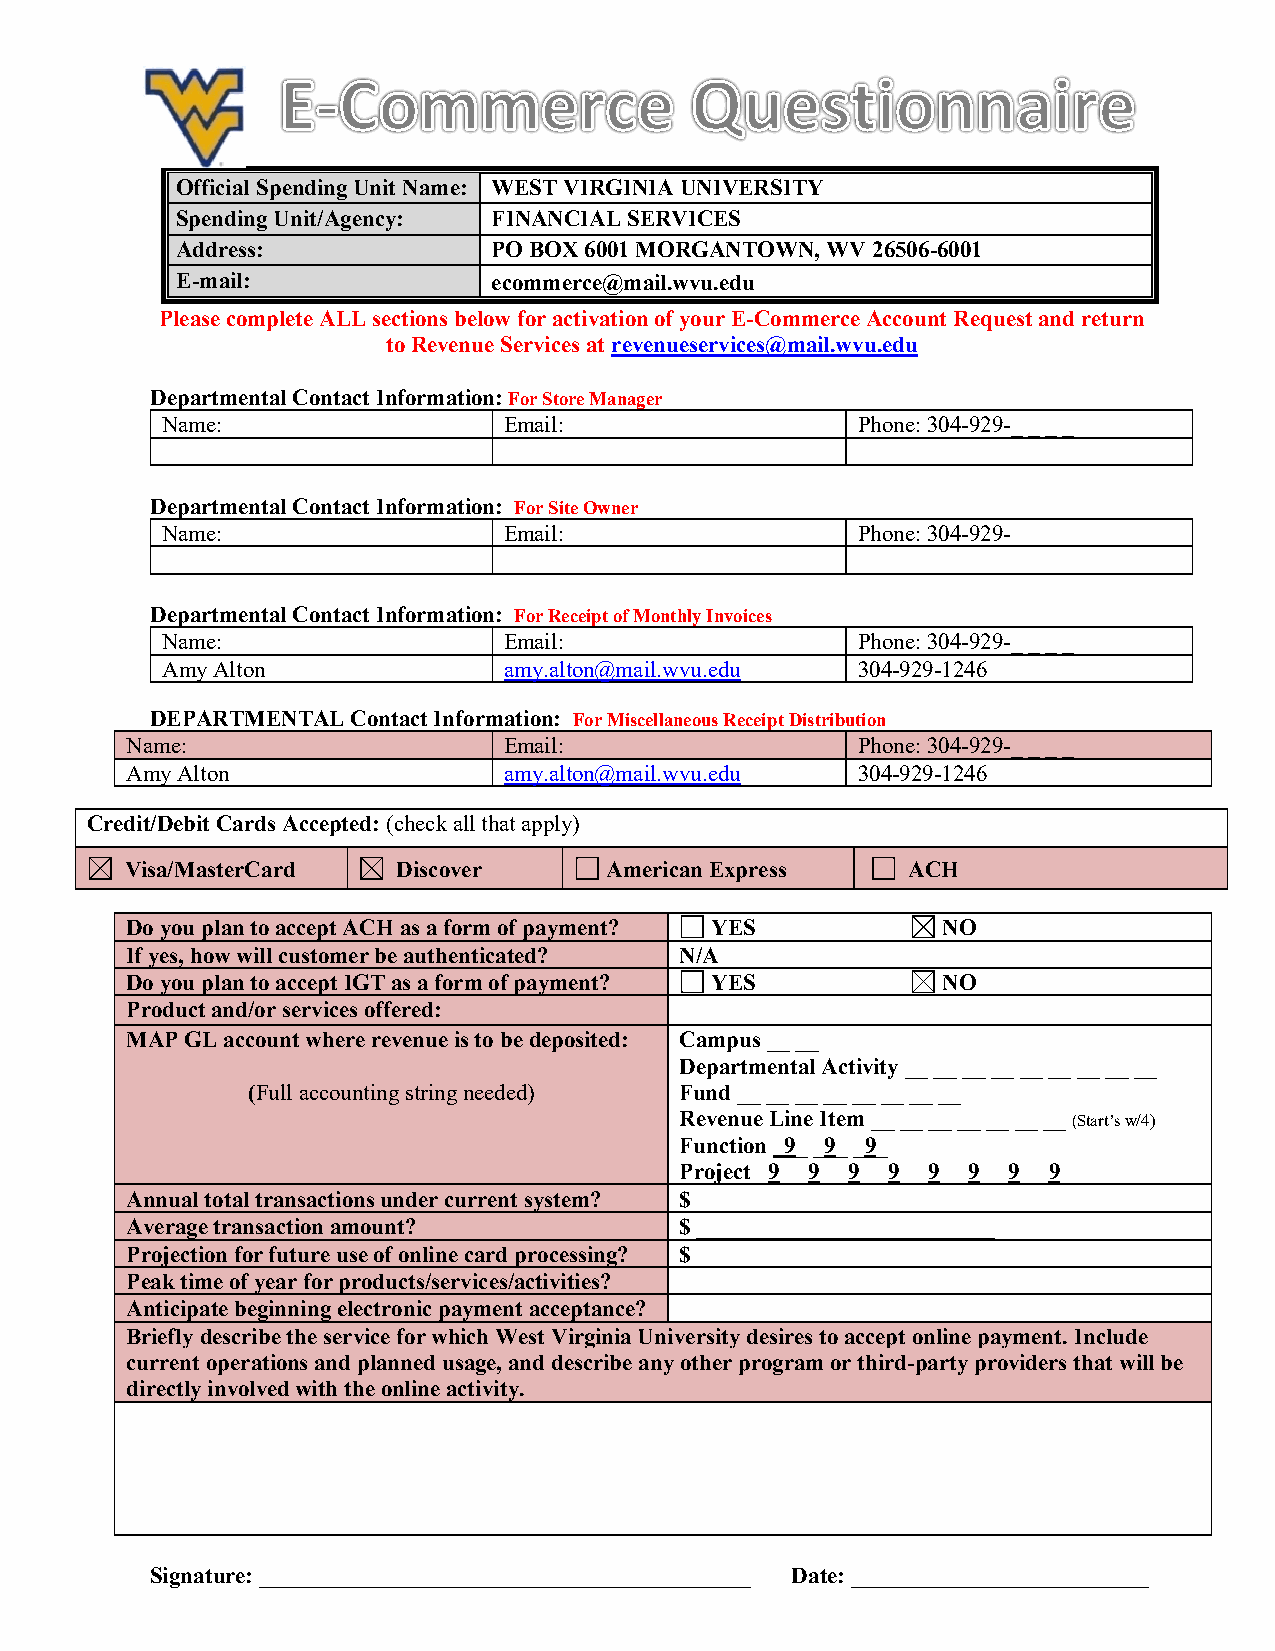
Official Spending Unit Name: WEST VIRGINIA UNIVERSITY
 Spending Unit/Agency: FINANCIAL SERVICES
 Address:             PO BOX 6001 MORGANTOWN, WV 26506-6001
 E-mail:              ecommerce@mail.wvu.edu
 Please complete ALL sections below for activation of your E-Commerce Account Request and return
 to Revenue Services at revenueservices@mail.wvu.edu
 Departmental Contact Information: For Store Manager
 Name:                 Email:                  Phone: 304-929-_ _ _ _
 Departmental Contact Information: For Site Owner
 Name:                 Email:                  Phone: 304-929-_ _ _ _
 Departmental Contact Information: For Receipt of Monthly Invoices
 Name:                 Email:                  Phone: 304-929-_ _ _ _
 Amy Alton             amy.alton@mail.wvu.edu  304-929-1246
 DEPARTMENTAL Contact Information: For Miscellaneous Receipt Distribution
 Name:                    Email:                  Phone: 304-929-_ _ _ _
 Amy Alton                amy.alton@mail.wvu.edu  304-929-1246
 Credit/Debit Cards Accepted: (check all that apply)
 Visa/MasterCard   Discover   I □ American Express I □ ACH
 Do you plan to accept ACH as a form of payment? □ YES [8J NO
 If yes, how will customer be authenticated? N/A
 Do you plan to accept IGT as a form of payment? □ YES [8J NO
 Product and/or services offered:
 MAP GL account where revenue is to be deposited: Campus __ __
 Departmental Activity __ __ __ __ __ __ __ __ __
 (Full accounting string needed) Fund __ __ __ __ __ __ __ __
 Revenue Line Item __ __ __ __ __ __ __ (Start’s w/4)
 Function -_9_ _-9_ _-9_
 Project _9_ _9_ _9_ _9_ _9_ _9_ _9_ _9_
 Annual total transactions under current system? $ __________________________
 Average transaction amount?          $ __________________________
 Projection for future use of online card processing? $ __________________________
 Peak time of year for products/services/activities?
 Anticipate beginning electronic payment acceptance?
 Briefly describe the service for which West Virginia University desires to accept online payment. Include
 current operations and planned usage, and describe any other program or third-party providers that will be
 directly involved with the online activity.
 Signature: ___________________________________________ Date: __________________________